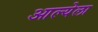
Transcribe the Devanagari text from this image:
आल्येला